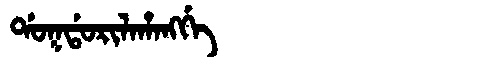
Manchu: ᡩᠣᡴᡩᠣᡵᡳᠯᠠᡥᠠᠩᡤᡝ
Romanization: DOKDORILAHANGGE